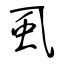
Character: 虱